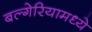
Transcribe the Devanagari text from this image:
बल्गेरियामध्ये